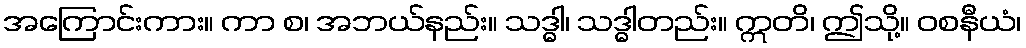
အကြောင်းကား။ ကာ စ၊ အဘယ်နည်း။ သဒ္ဓါ၊ သဒ္ဓါတည်း။ ဣတိ၊ ဤသို့။ ဝစနီယံ၊